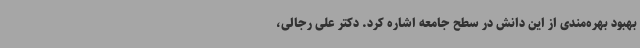
بهبود بهره‌مندی از این دانش در سطح جامعه اشاره کرد. دکتر علی رجالی،